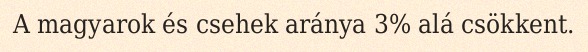
A magyarok és csehek aránya 3% alá csökkent.